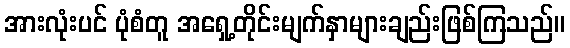
အားလုံးပင် ပုံစံတူ အရှေ့တိုင်းမျက်နှာများချည်းဖြစ်ကြသည်။